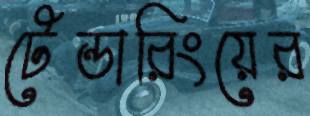
টেন্ডারিংয়ের